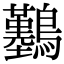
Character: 𪇼